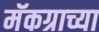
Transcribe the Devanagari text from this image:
मॅकग्राच्या